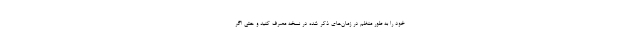
خود را به طور منظم در زمان‌های ذکر شده در نسخه مصرف کنید و حتی اگر